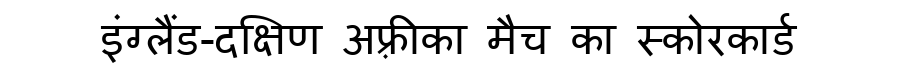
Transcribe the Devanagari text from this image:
इंग्लैंड-दक्षिण अफ़्रीका मैच का स्कोरकार्ड